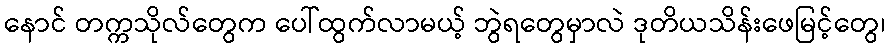
နောင် တက္ကသိုလ်တွေက ပေါ်ထွက်လာမယ့် ဘွဲရတွေမှာလဲ ဒုတိယသိန်းဖေမြင့်တွေ၊